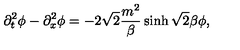
\partial _ { t } ^ { 2 } \phi - \partial _ { x } ^ { 2 } \phi = - 2 \sqrt 2 { \frac { m ^ { 2 } } { \beta } } \sinh \sqrt 2 \beta \phi ,